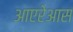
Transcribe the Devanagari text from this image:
आएरेआस